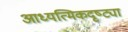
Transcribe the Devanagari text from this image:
आध्यत्मिकदृष्ट्या